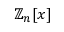
\mathbb { Z } _ { n } [ x ]